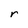
Character: r